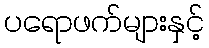
ပရောဖက်များနှင့်